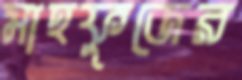
মাহফুজের